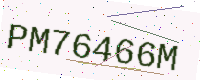
Text: PM76466M